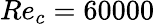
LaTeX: Re_{c}=60000